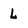
Character: L